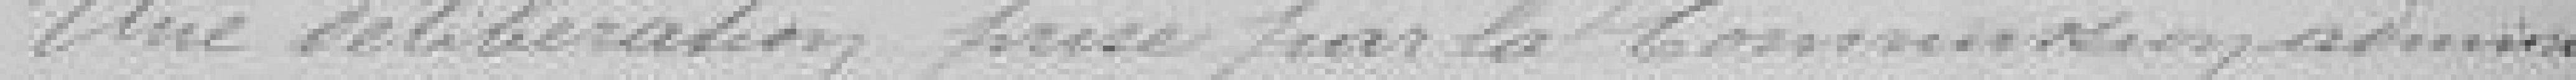
Une délibération prise par la Commission adminis